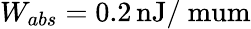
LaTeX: W_{abs}=0.2\, \mathrm{nJ/\ mum}